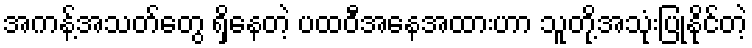
အကန့်အသတ်တွေ ရှိနေတဲ့ ပထဝီအနေအထားဟာ သူတို့အသုံးပြုနိုင်တဲ့